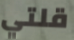
قلتي